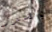
بالصدر